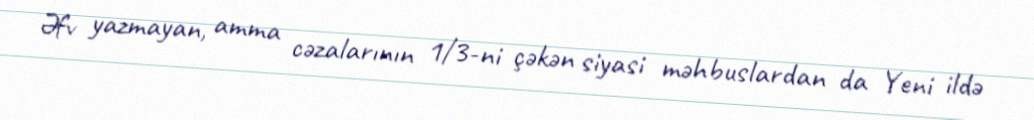
Əfv yazmayan, amma cəzalarının 1/3-ni çəkən siyasi məhbuslardan da Yeni ildə